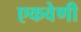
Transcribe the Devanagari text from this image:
एकवेणी